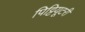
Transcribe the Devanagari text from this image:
पिट्टियूटरी